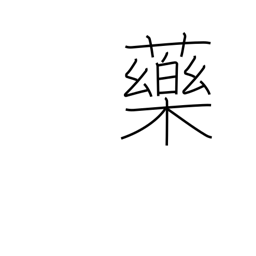
Meaning: chemical